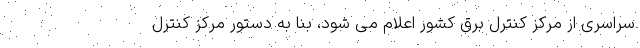
سراسری از مرکز کنترل برق کشور اعلام می شود، بنا به دستور مرکز کنترل